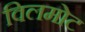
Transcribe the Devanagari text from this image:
विलमोट